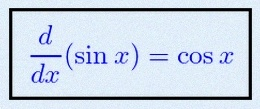
\frac{d}{dx}(\sin x)=\cos x